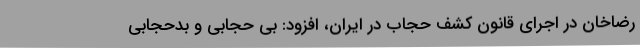
رضاخان در اجرای قانون کشف حجاب در ایران، افزود: بی حجابی و بدحجابی